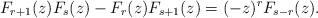
LaTeX: \begin{align*} F_{r+1}(z) F_{s}(z) - F_{r}(z) F_{s+1}(z) = (-z)^{r} F_{s-r}(z). \end{align*}